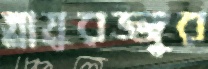
স্নায়ুরজ্জুর